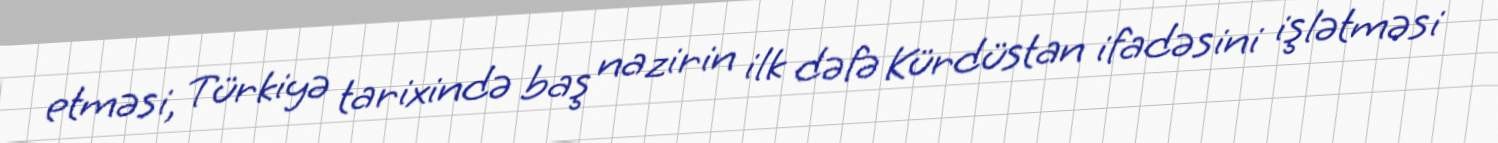
etməsi, Türkiyə tarixində baş nazirin ilk dəfə Kürdüstan ifadəsini işlətməsi